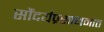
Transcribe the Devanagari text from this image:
सौंदर्यप्रसाधनात